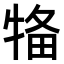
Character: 𤙳